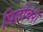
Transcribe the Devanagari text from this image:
पितोबश